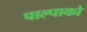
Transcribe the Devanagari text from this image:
पाल्पाको